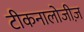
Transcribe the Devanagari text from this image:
टीकनालोजीज़